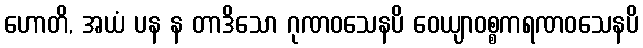
ဟောတိ, အယံ ပန န တာဒိသော ဂုဏဝသေနပိ ဝေယျာဝစ္စကရဏဝသေနပိ